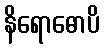
နိရောဓောပိ